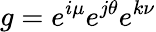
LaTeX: g=e^{i\mu}e^{j\theta}e^{k\nu}